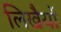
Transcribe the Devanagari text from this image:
लिखैयों